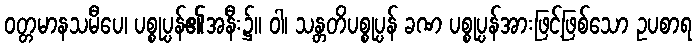
ဝတ္တမာနသမီပေ၊ ပစ္စုပ္ပန်၏အနီး၌။ ဝါ၊ သန္တတိပစ္စုပ္ပန် ခဏ ပစ္စုပ္ပန်အားဖြင့်ဖြစ်သော ဥပစာရ